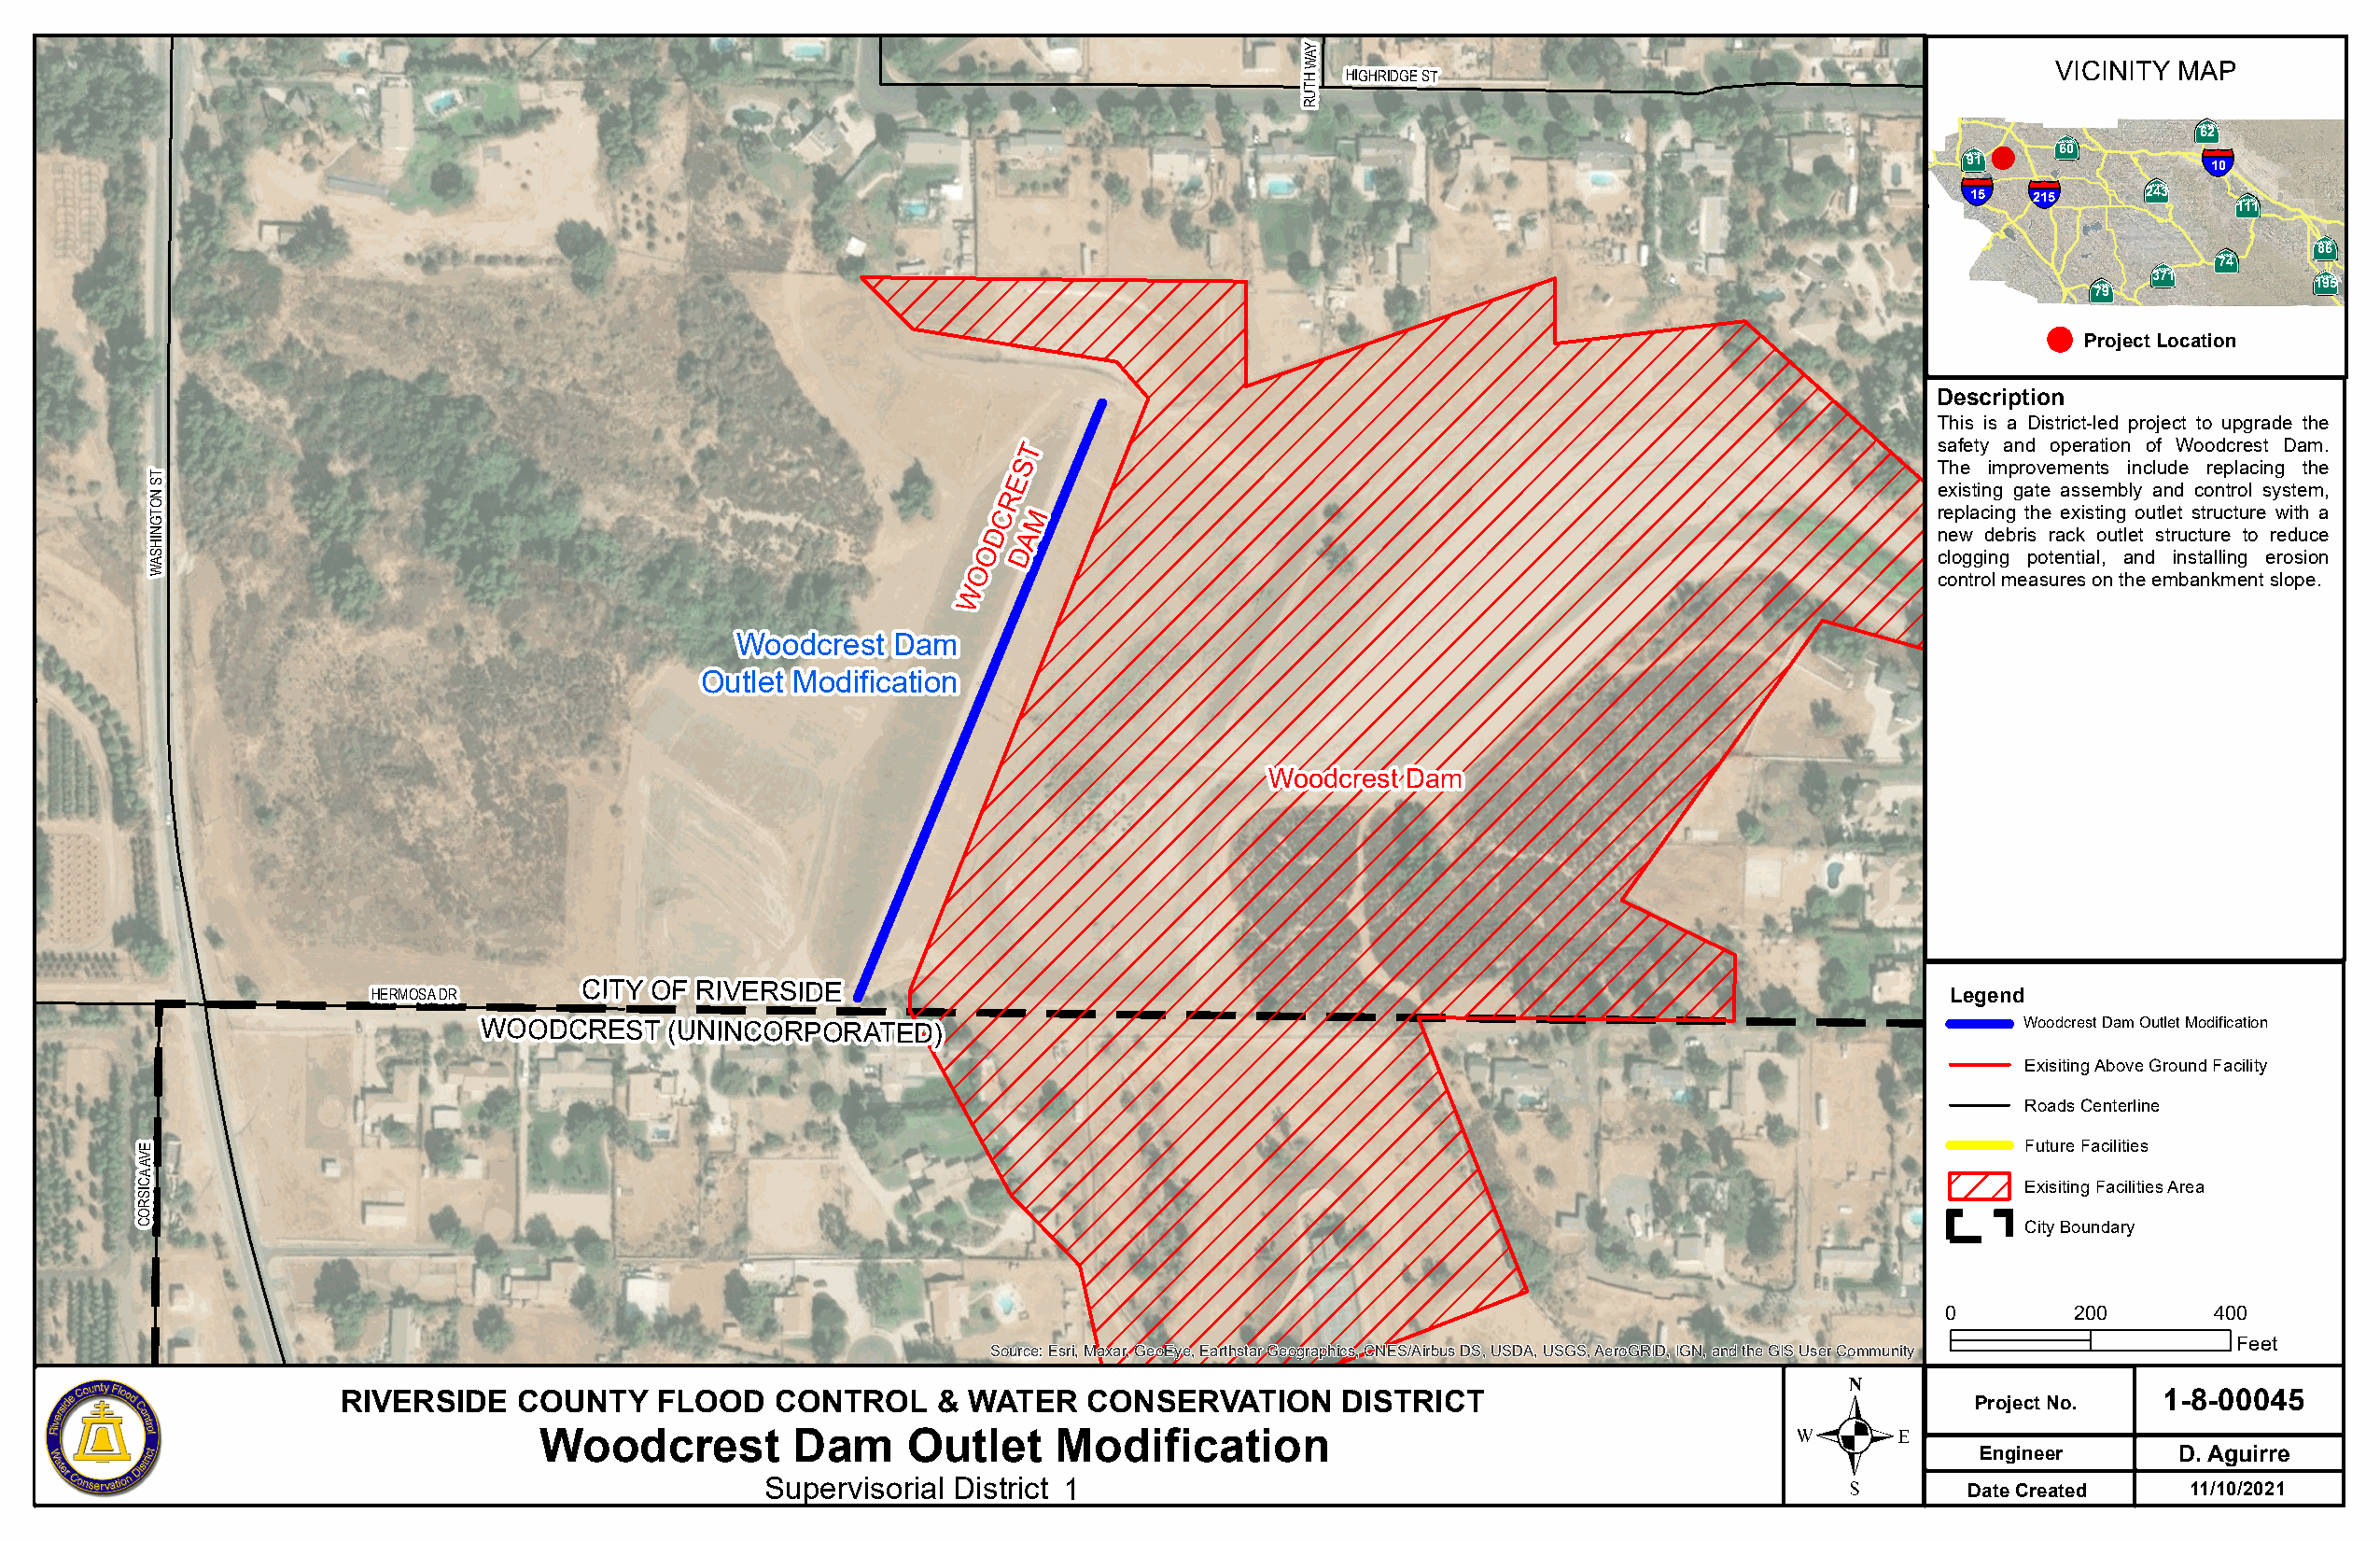
(get it from the budget book)
 Y
 A
 W
 H HIGHRIDGE ST
 VICINITY MAP
 T
 U
 R
 ·|þ}
 ·|þ}      62
 ·|þ}   60        §¨¦
 91                10
 §¨¦  §¨¦     ·|þ}
 15  215     243    ·|þ}
 111
 ·|þ}
 ·|þ}   86
 ·|þ} 74
 ·|þ} 371        ·|þ} 195
 79
 Project Location
 Description
 This is a District-led project to upgrade the
 T                                                               safety and operation of Woodcrest Dam.
 S
 ST                                                           E                                                                The improvements include replacing the
 N                                                           R                                                                 existing gate assembly and control system,
 O
 T                                                           C M                                                               replacing the existing outlet structure with a
 G
 HIN                                                        D  A                                                               new debris rack outlet structure to reduce
 AS                                                         O D                                                                clogging potential, and installing erosion
 W                                                         O
 control measures on the embankment slope.
 W
 Woodcrest  Dam
 Outlet Modification
 Woodcrest Dam
 HERMOSA DR
 CITY OF RIVERSIDE
 Legend
 WOODCREST    (UNINCORPORATED)                                                                                 Woodcrest Dam Outlet Modification
 Exisiting Above Ground Facility
 Roads Centerline
 E                                                                                                                                     Future Facilities
 V
 A
 A
 SIC                                                                                                                                   Exisiting Facilities Area
 R
 O
 C                                                                                                                                     City Boundary
 0        200       400
 Feet
 Source: Esri, Maxar, GeoEye, Earthstar Geographics, CNES/Airbus DS, USDA, USGS, AeroGRID, IGN, and the GIS User Community
 .
 RIVERSIDE    COUNTY    FLOOD   CONTROL    &  WATER   CONSERVATION      DISTRICT                                     Project No.  1-8-00045
 Woodcrest         Dam     Outlet     Modification
 Engineer       D. Aguirre
 Supervisorial District 1                                                              Date Created   11/10/2021